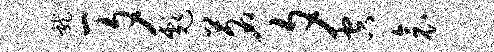
龙一夕彪茗夕空衾